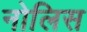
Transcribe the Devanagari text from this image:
नोलिस